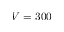
V = 3 0 0